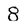
Character: 8